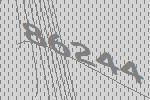
86244